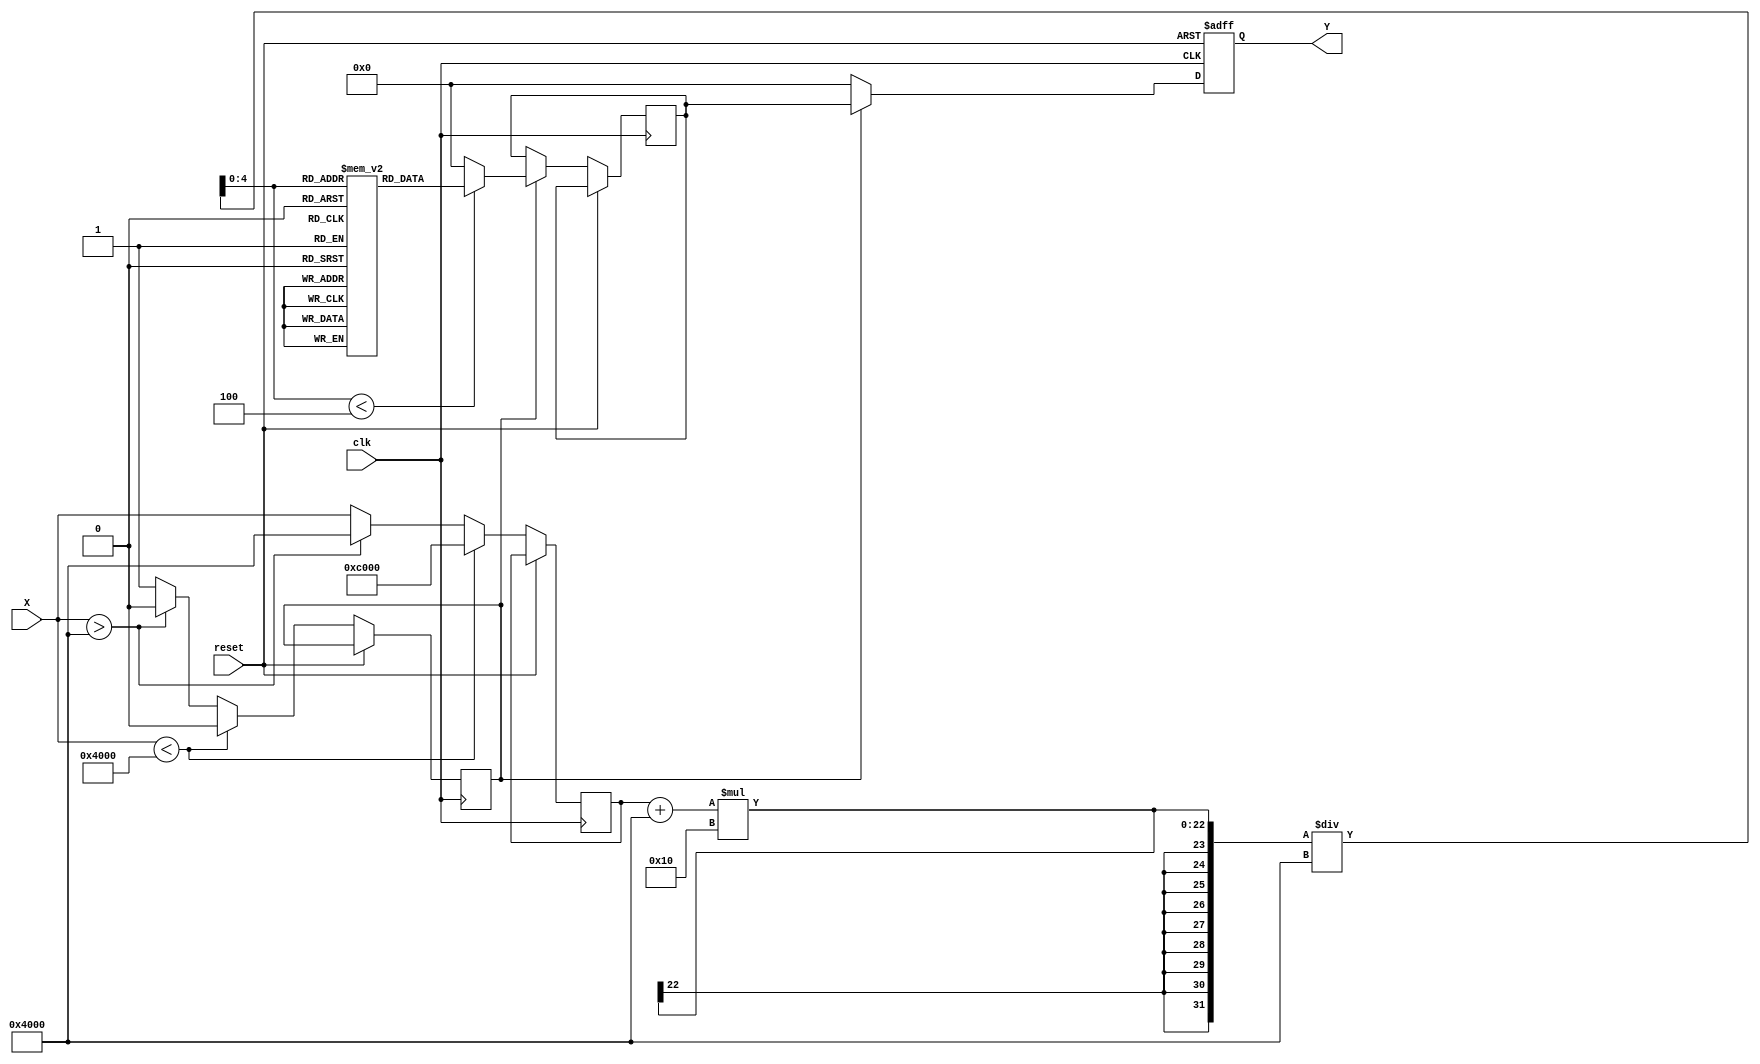
module asin_block (
    input clk,
    input reset,
    input signed [15:0] X, // Input sine value in fixed-point [-1, 1]
    output reg signed [15:0] Y // Output angle in radians [-/2, /2]
);

    // Constants
    localparam FIXED_POINT_SCALE = 16'd32768; // Scaling factor for fixed-point representation
    localparam LUT_SIZE = 32; // Size of the lookup table
    localparam MAX_SIN_VALUE = 16'sd16384; // Representing sin(1) with fixed-point: 0.5

    // Lookup table for asin values (in fixed-point)
    reg signed [15:0] lut[LUT_SIZE-1:0];
    initial begin
        // Initialize the LUT with asin values (approximation)
        lut[0] = -16'sd16384; // asin(-1)
        lut[1] = -16'sd8192;  // asin(-0.5)
        lut[2] = 0;           // asin(0)
        lut[3] = 16'sd8192;   // asin(0.5)
        lut[4] = 16'sd16384;  // asin(1)
        // More values should be populated for better accuracy
        // Use interpolation for other values not in the LUT
    end

    // Registers for internal computations
    reg signed [15:0] X_clamped;
    reg signed [15:0] Y_lut;
    reg [4:0] index;
    reg signed [15:0] interp_value;
    reg valid_input;

    always @ (posedge clk or posedge reset) begin
        if (reset) begin
            Y <= 16'sd0; // Reset output
        end else begin
            // Clamp input to the range [-1, 1]
            if (X < -MAX_SIN_VALUE) begin
                X_clamped <= -MAX_SIN_VALUE;
                valid_input <= 1'b0; // Invalid input
            end else if (X > MAX_SIN_VALUE) begin
                X_clamped <= MAX_SIN_VALUE;
                valid_input <= 1'b0; // Invalid input
            end else begin
                X_clamped <= X;
                valid_input <= 1'b1; // Valid input
            end

            // If valid input, perform lookup and interpolation
            if (valid_input) begin
                index = (X_clamped + MAX_SIN_VALUE) * (LUT_SIZE / 2) / (MAX_SIN_VALUE);
                if (index < 4) begin
                    Y_lut <= lut[index]; // Fetch corresponding LUT value
                    // Linear Interpolation
                    if (index > 0 && index < LUT_SIZE - 1) begin
                        interp_value = lut[index] + 
                            ((lut[index+1] - lut[index]) * 
                            ((X_clamped - (index - 1) * (MAX_SIN_VALUE/LUT_SIZE)) * (LUT_SIZE / 2)));
                    end
                end else begin
                    Y_lut <= 16'sd0;
                end
                
                Y <= Y_lut; // Update output
            end else begin
                Y <= 16'sd0; // Invalid input results in output value of 0 (could be NaN)
            end
        end
    end

endmodule